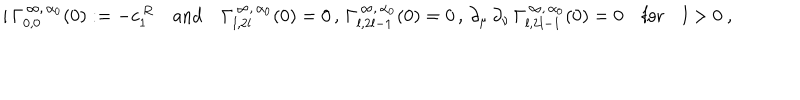
i \, \Gamma _ { 0 , 0 } ^ { \, \infty , \, \alpha _ { 0 } } ( 0 ) : = - c _ { 1 } ^ { \, R } \quad \mathrm { a n d } \quad \Gamma _ { l , 2 l } ^ { \, \infty , \, \alpha _ { 0 } } ( 0 ) = 0 \, , \, \Gamma _ { l , 2 l - 1 } ^ { \, \infty , \, \alpha _ { 0 } } ( 0 ) = 0 \, , \, \partial _ { \mu } \, \partial _ { \nu } \, \Gamma _ { l , 2 l - 1 } ^ { \, \infty , \, \alpha _ { 0 } } ( 0 ) = 0 \quad \mathrm { f o r } \quad l > 0 \ ,